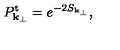
P _ { { \bf k } _ { \perp } } ^ { \mathrm { t } } = e ^ { - 2 S _ { { \bf k } _ { \perp } } } ,